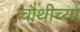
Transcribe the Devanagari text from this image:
चौथीच्या